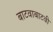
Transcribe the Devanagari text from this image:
बाटवाबाटवी